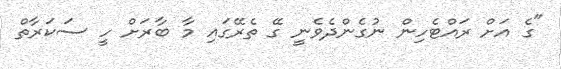
"ގެ އަށް ރައްޓެހިން ނުގެންދެވެނީ ގޭ ތެރޭގައި މާ ބާރަށް ހީ ސަކަރާތް